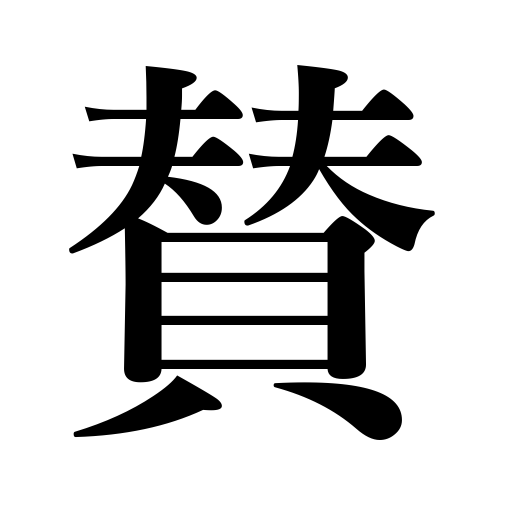
Meanings: agreement,title or brief inscription on picture,praise